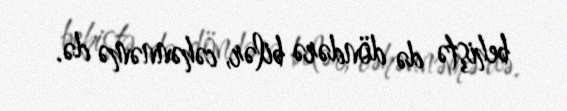
behiştə də döndərə bilər, cəhənnəmə də.